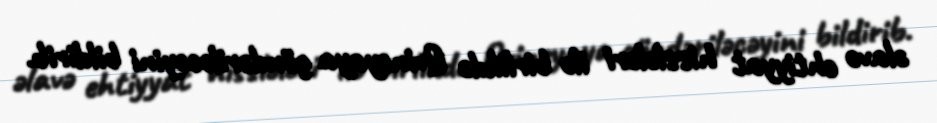
əlavə ehtiyyat hisslələri ilə birlikdə Qvineyaya göndəriləcəyini bildirib.